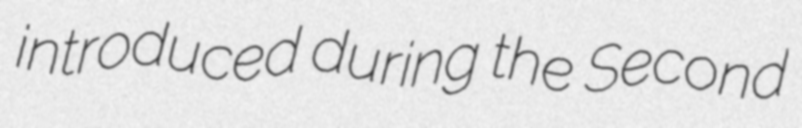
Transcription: introduced during the Second